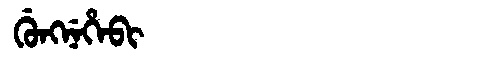
Manchu: ᡤᡠᠩᠨᡝᡥᡝᠪᡳ
Romanization: GUNGNEHEBI